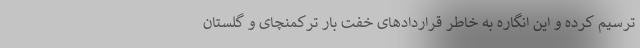
ترسیم کرده و این انگاره به خاطر قراردادهای خفت بار ترکمنچای و گلستان